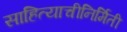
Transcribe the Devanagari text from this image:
साहित्याचीनिर्मिती